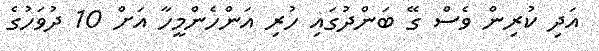
އަދި ކުރިން ވެސް ގޭ ބަންދުގައި ހުރި އަންހެންމީހާ އަށް 10 ދުވަހުގެ